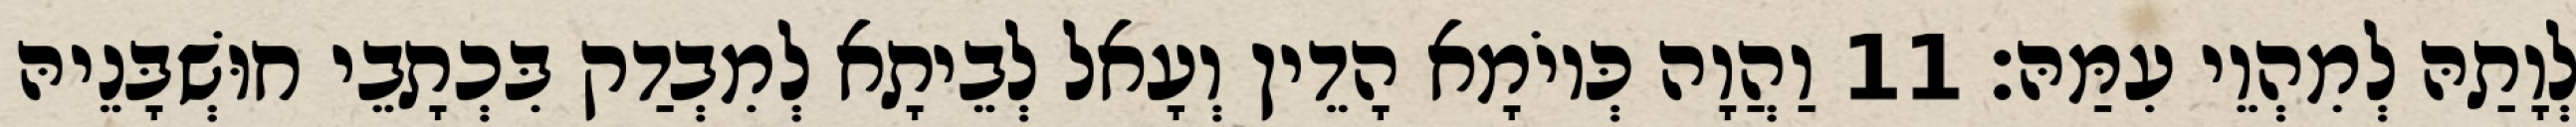
לְוָתַהּ לְמִהְוֵי עִמַּהּ׃ 11 וַהֲוָה כְּיוֹמָא הָדֵין וְעָאל לְבֵיתָא לְמִבְדַק בִּכְתָבֵי חוּשְׁבָּנֵיהּ